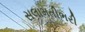
સલામતીભરી